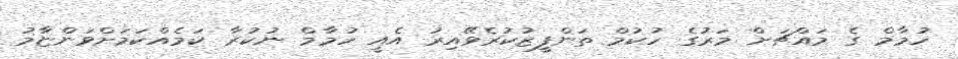
ހުމާމް ގެ މައްޗަށް މަރުގެ ހުކުމް ތަންފީޒުކުރެވޭއިރު އެއީ ހުމާމް ނުކުރާ ކަމެއްކަމަށްވަންޏާމު